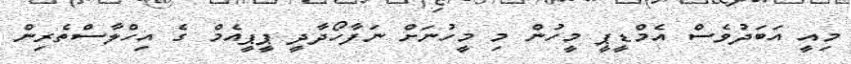
މިއީ އަބަދުވެސް އެމްޑީޕީ މީހުން މި މީހުނަށް ނަފާހޯދާދީ ޕީޕީއެމް ގެ އިހްލާސްތެރިން